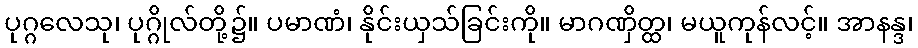
ပုဂ္ဂလေသု၊ ပုဂ္ဂိုလ်တို့၌။ ပမာဏံ၊ နိုင်းယှသ်ခြင်းကို။ မာဂဏှိတ္ထ၊ မယူကုန်လင့်။ အာနန္ဒ၊